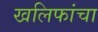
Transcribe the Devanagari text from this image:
खलिफांचा